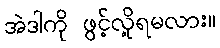
အဲဒါကို ဖွင့်လို့ရမလား။